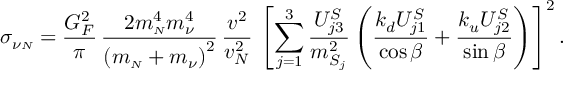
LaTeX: \sigma _ { \nu { \scriptscriptstyle \cal N } } = \frac { G _ { F } ^ { 2 } } { \pi } \, \frac { 2 m _ { \scriptscriptstyle \cal N } ^ { 4 } m _ { \nu } ^ { 4 } } { \left( m _ { \scriptscriptstyle \cal N } + m _ { \nu } \right) ^ { 2 } } \, \frac { v ^ { 2 } } { v _ { N } ^ { 2 } } \, \left[ \sum _ { j = 1 } ^ { 3 } \frac { U _ { j 3 } ^ { S } } { m _ { S _ { j } } ^ { 2 } } \left( \frac { k _ { d } U _ { j 1 } ^ { S } } { \cos \beta } + \frac { k _ { u } U _ { j 2 } ^ { S } } { \sin \beta } \right) \right] ^ { 2 } .